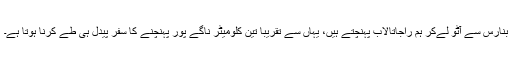
بنارس سے آٹو لےکر ہم راجاتالاب پہنچتے ہیں، یہاں سے تقریباً تین کلومیٹر ناگے پور پہنچنے کا سفر پیدل ہی طے کرنا ہوتا ہے۔